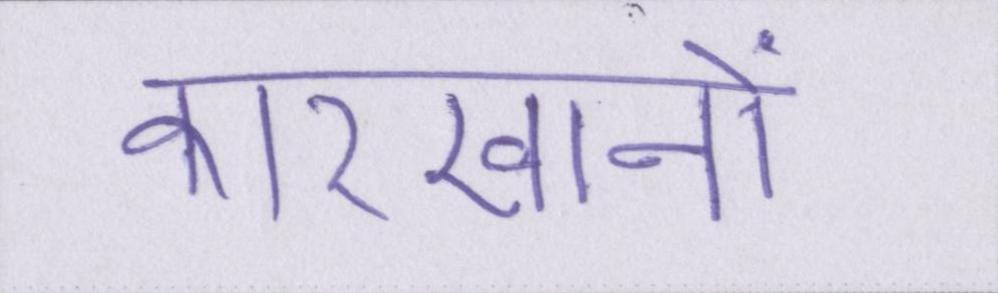
कारखानों